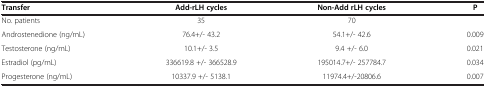
| Transfer | Add-rLH cycles | Non-Add rLH cycles | P |
 | --- | --- | --- | --- |
 | No. patients | 35 | 70 |  |
 | Androstenedione (ng/mL) | 76.4+/- 43.2 | 54.1+/- 42.6 | 0.009 |
 | Testosterone (ng/mL) | 10.1+/- 3.5 | 9.4 +/- 6.0 | 0.021 |
 | Estradiol (pg/mL) | 336619.8 +/- 366528.9 | 195014.7+/- 257784.7 | 0.034 |
 | Progesterone (ng/mL) | 10337.9 +/- 5138.1 | 11974.4+/-20806.6 | 0.007 |